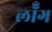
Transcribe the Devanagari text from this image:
लॉँग